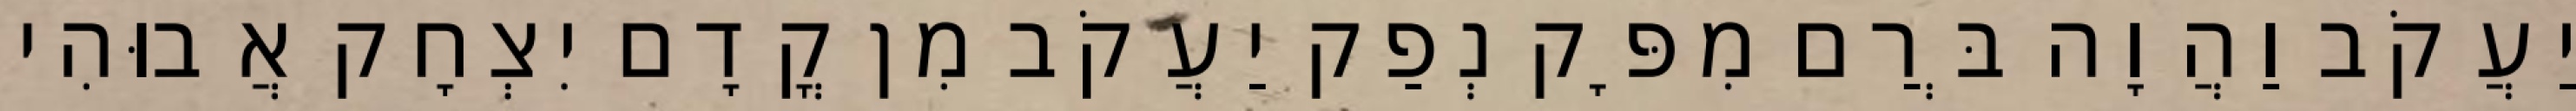
יַעֲקֹב וַהֲוָה בְּרַם מִפָּק נְפַק יַעֲקֹב מִן קֳדָם יִצְחָק אֲבוּהִי